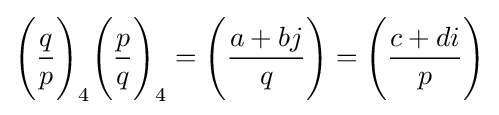
{\Bigg (}{\frac {q}{p}}{\Bigg )}_{4}{\Bigg (}{\frac {p}{q}}{\Bigg )}_{4}={\Bigg (}{\frac {a+bj}{q}}{\Bigg )}={\Bigg (}{\frac {c+di}{p}}{\Bigg )}